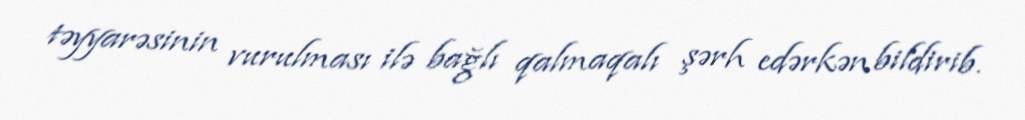
təyyarəsinin vurulması ilə bağlı qalmaqalı şərh edərkən bildirib.